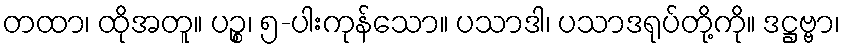
တထာ၊ ထိုအတူ။ ပဉ္စ၊ ၅-ပါးကုန်သော။ ပသာဒါ၊ ပသာဒရုပ်တို့ကို။ ဒဋ္ဌဗ္ဗာ၊